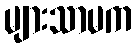
များသာမက